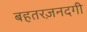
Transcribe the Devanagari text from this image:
बहतरज़नदगी